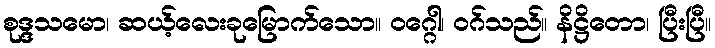
စုဒ္ဒသမော၊ ဆယ့်လေးခုမြောက်သော။ ဝဂ္ဂေါ၊ ဝဂ်သည်။ နိဋ္ဌိတော၊ ပြီးပြီ။